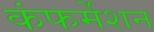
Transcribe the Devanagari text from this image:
कंफर्मेशन